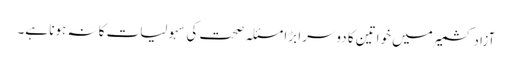
آزاد کشمیر میں خواتین کا دوسرا بڑا مسئلہ صحت کی سہولیات کا نہ ہونا ہے۔